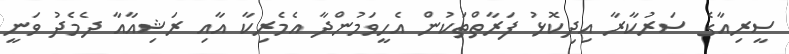
ސީރިއާގެ ސަރުކާރާ އިދިކޮޅު ފަރާތްތަކުން އެހީވަމުންދާ އެމެރިކާ އާއި ރަޝިއާއާ ދެމެދު ވަނީ